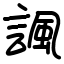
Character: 諷